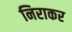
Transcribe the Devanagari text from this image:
निराकर